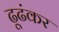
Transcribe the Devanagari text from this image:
ढूढंकर